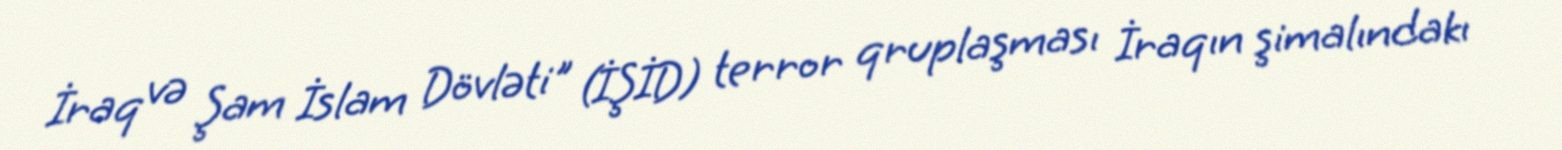
İraq və Şam İslam Dövləti" (İŞİD) terror qruplaşması İraqın şimalındakı